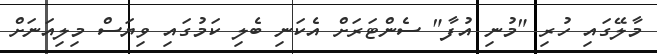
މާލޭގައި ހުރި "މުނި އުފާ" ސެންޓަރަށް އެކަނި ބެލި ކަމުގައި ވިޔަސް މިލިއަނަށް